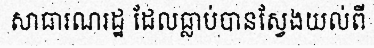
សាធារណរដ្ឋ ដែលធ្លាប់បានស្វែងយល់ពី